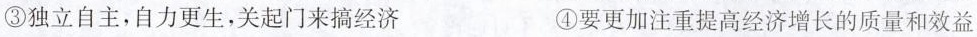
③独立自主，自力更生，关起门来搞经济 ④要更加注重提高经济增长的质量和效益